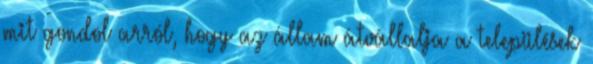
mit gondol arról, hogy az állam átvállalja a települések